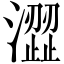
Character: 澀